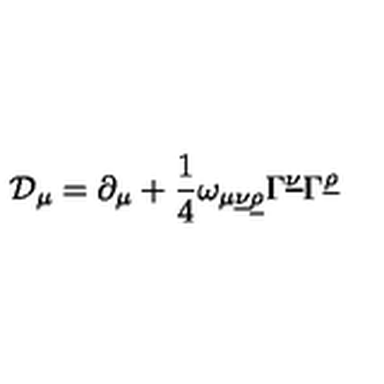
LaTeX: { \cal D } _ { \mu } = \partial _ { \mu } + { \frac { 1 } { 4 } } \omega _ { \mu \underline { { \nu } } \underline { { \rho } } } \Gamma ^ { \underline { { \nu } } } \Gamma ^ { \underline { { \rho } } }